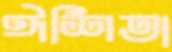
ঈশিতা